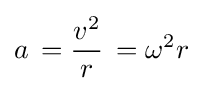
a\,={\frac {v^{2}}{r}}\,={\omega ^{2}}{r}